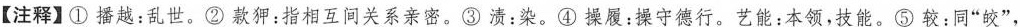
【注释】①播越：乱世。②款狎：指相互间关系亲密。③溃：染。④操履：操守德行。艺能：本领，技能。⑤较：同”皎”，